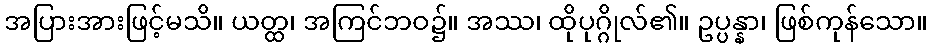
အပြားအားဖြင့်မသိ။ ယတ္ထ၊ အကြင်ဘဝ၌။ အဿ၊ ထိုပုဂ္ဂိုလ်၏။ ဥပ္ပန္နာ၊ ဖြစ်ကုန်သော။